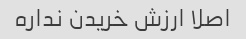
اصلا ارزش خریدن نداره